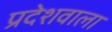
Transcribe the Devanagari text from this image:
प्रदेशवाला